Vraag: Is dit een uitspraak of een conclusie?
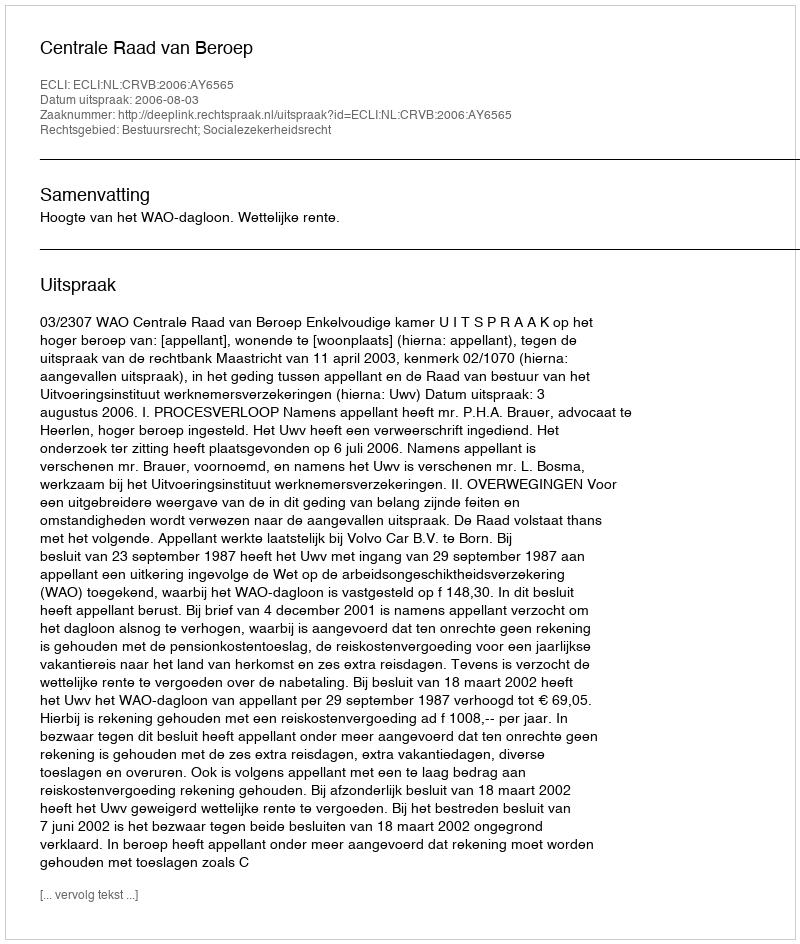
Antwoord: Uitspraak